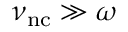
\nu _ { \mathrm { n c } } \gg \omega